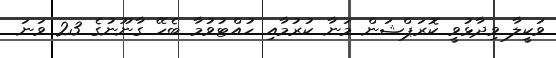
ވަކީލާ ވިދާޅުވީ ކޮރަޕްޝަން މަނާ ކުރުމާއި ހުއްޓުވުމާ ބެހޭ ގާނޫނުގެ 23 ވަނަ